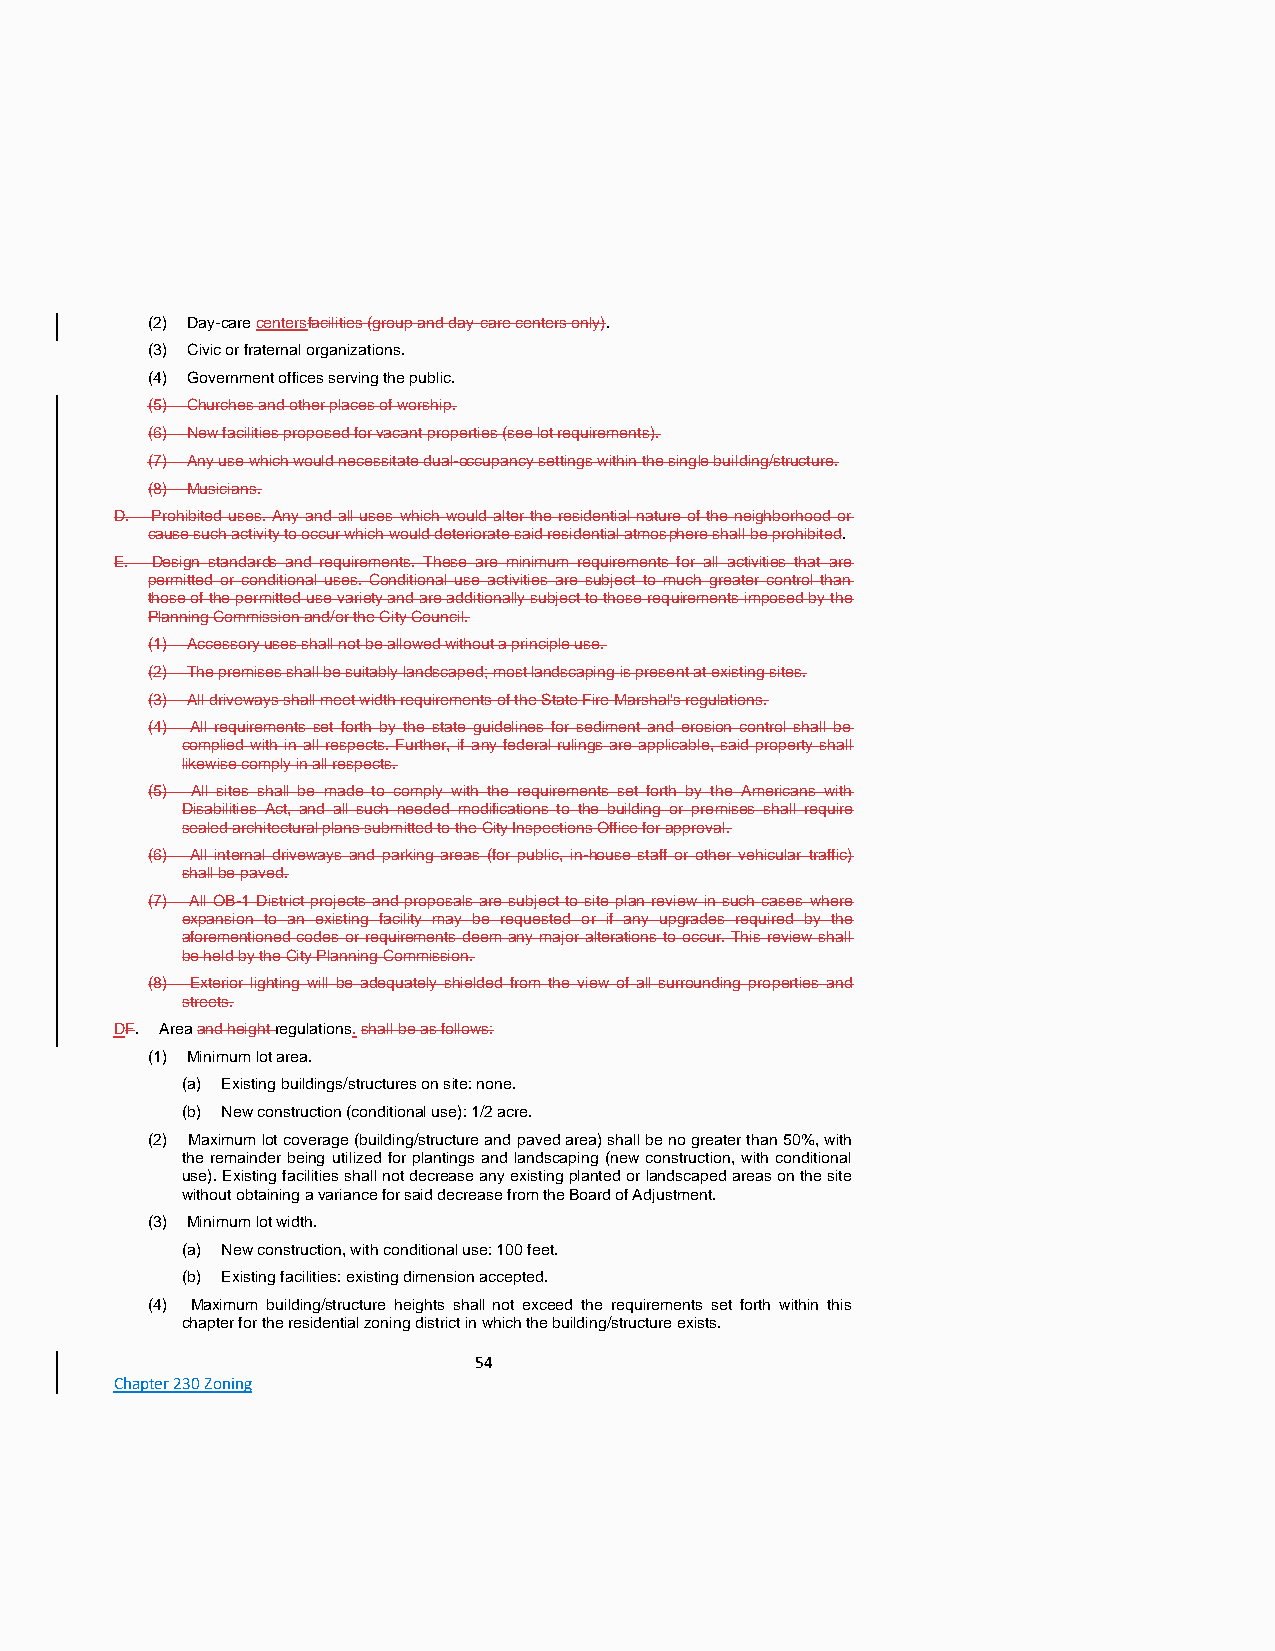
(2) Day-care centersfacilities (group and day-care centers only).
 (3) Civic or fraternal organizations.
 (4) Government offices serving the public.
 (5) Churches and other places of worship.
 (6) New facilities proposed for vacant properties (see lot requirements).
 (7) Any use which would necessitate dual-occupancy settings within the single building/structure.
 (8) Musicians.
 D. Prohibited uses. Any and all uses which would alter the residential nature of the neighborhood or
 cause such activity to occur which would deteriorate said residential atmosphere shall be prohibited.
 E. Design standards and requirements. These are minimum requirements for all activities that are
 permitted or conditional uses. Conditional use activities are subject to much greater control than
 those of the permitted use variety and are additionally subject to those requirements imposed by the
 Planning Commission and/or the City Council.
 (1) Accessory uses shall not be allowed without a principle use.
 (2) The premises shall be suitably landscaped; most landscaping is present at existing sites.
 (3) All driveways shall meet width requirements of the State Fire Marshal's regulations.
 (4) All requirements set forth by the state guidelines for sediment and erosion control shall be
 complied with in all respects. Further, if any federal rulings are applicable, said property shall
 likewise comply in all respects.
 (5) All sites shall be made to comply with the requirements set forth by the Americans with
 Disabilities Act, and all such needed modifications to the building or premises shall require
 sealed architectural plans submitted to the City Inspections Office for approval.
 (6) All internal driveways and parking areas (for public, in-house staff or other vehicular traffic)
 shall be paved.
 (7) All OB-1 District projects and proposals are subject to site plan review in such cases where
 expansion to an existing facility may be requested or if any upgrades required by the
 aforementioned codes or requirements deem any major alterations to occur. This review shall
 be held by the City Planning Commission.
 (8) Exterior lighting will be adequately shielded from the view of all surrounding properties and
 streets.
 DF. Area and height regulations. shall be as follows:
 (1) Minimum lot area.
 (a) Existing buildings/structures on site: none.
 (b) New construction (conditional use): 1/2 acre.
 (2) Maximum lot coverage (building/structure and paved area) shall be no greater than 50%, with
 the remainder being utilized for plantings and landscaping (new construction, with conditional
 use). Existing facilities shall not decrease any existing planted or landscaped areas on the site
 without obtaining a variance for said decrease from the Board of Adjustment.
 (3) Minimum lot width.
 (a) New construction, with conditional use: 100 feet.
 (b) Existing facilities: existing dimension accepted.
 (4) Maximum building/structure heights shall not exceed the requirements set forth within this
 chapter for the residential zoning district in which the building/structure exists.
 54
 Chapter 230 Zoning